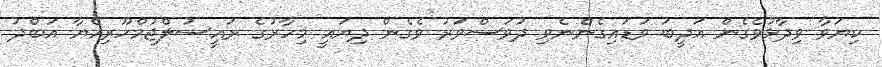
ކިޔަވާ ވިދާޅުވެގެން އަދީބު ވަޑައިގެންނެވި ދުވަސްވަރު ވެގެން ދިޔައީ މިހާރުގެ ރައީސުލްޖުމްހޫރިއްޔާ އަބްދު